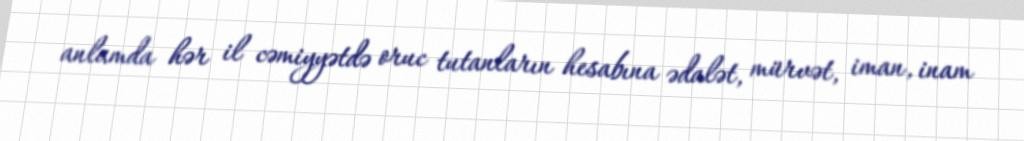
anlamda hər il cəmiyyətdə oruc tutanların hesabına ədalət, mürvət, iman, inam